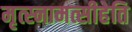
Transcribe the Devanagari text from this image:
मृत्स्नामत्सीहेति